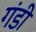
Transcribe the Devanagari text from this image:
गंडी